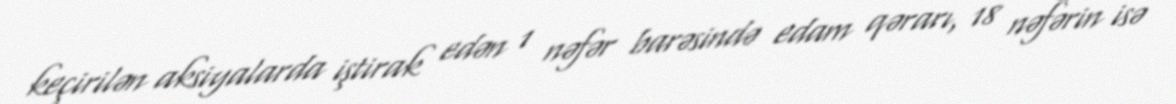
keçirilən aksiyalarda iştirak edən 1 nəfər barəsində edam qərarı, 18 nəfərin isə